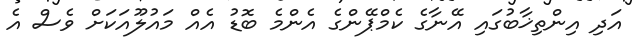
އަދި އިންތިޚާބުގައި އޭނާގެ ކެމްޕޭންގެ އެންމެ ބޮޑު އެއް މައުލޫއަކަށް ވެސް އެ